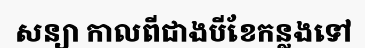
សន្យា កាលពីជាងបីខែកន្លងទៅ